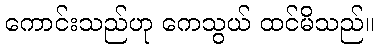
ကောင်းသည်ဟု ကေသွယ် ထင်မိသည်။